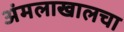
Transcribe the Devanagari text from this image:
अंमलाखालचा